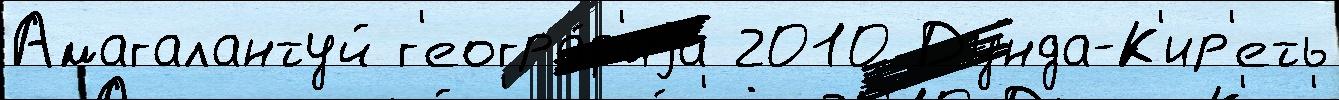
Амагалантуй г'еогра́ф'иjа 2010 Дунда-К'ир'еть